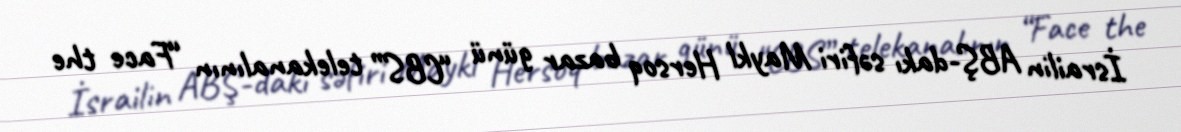
İsrailin ABŞ-dakı səfiri Maykl Hersoq bazar günü “CBS” telekanalının “Face the